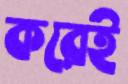
করেই